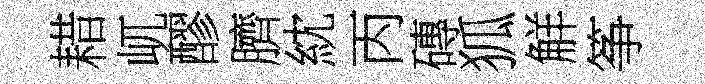
耤屼醪臍紞丙磚狐觧筝